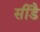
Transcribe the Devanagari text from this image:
सीडै